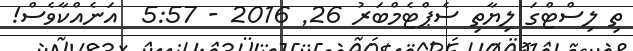
ތި ލިސްޓްގަ ލިޔާތި ސެޕްޓެމްބަރު 26